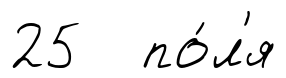
25 по́л'я